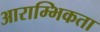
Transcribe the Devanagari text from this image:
आराम्भिकता